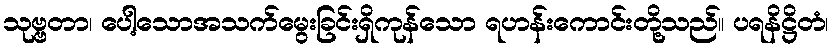
သုဗ္ဗတာ၊ ပေါ့သောအသက်မွေးခြင်းရှိကုန်သော ရဟန်းကောင်းတို့သည်။ ပရနိဋ္ဌိတံ၊